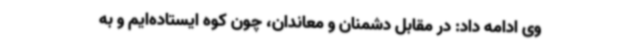
وی ادامه داد: در مقابل دشمنان و معاندان، چون کوه ایستاده‌ایم و به